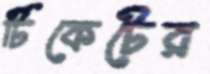
টিকেটের